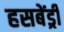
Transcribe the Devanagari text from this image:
हसबेंड्री